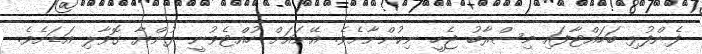
ފެންފުޅި ބަހައްޓާފައި މިސްރާބު ޖެހީ ނިކުންނާށެވެ. އޭނައަށް ހުއްޓެވުނީ ދުންޔާ ގޮވާލި އަޑަށެވެ.